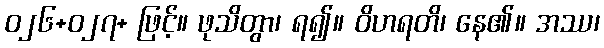
ဝ၂၆+၀၂၇+ ဖြင့်။ ဖုသိတွာ၊ ရ၍။ ဝိဟရတိ၊ နေ၏။ အဿ၊